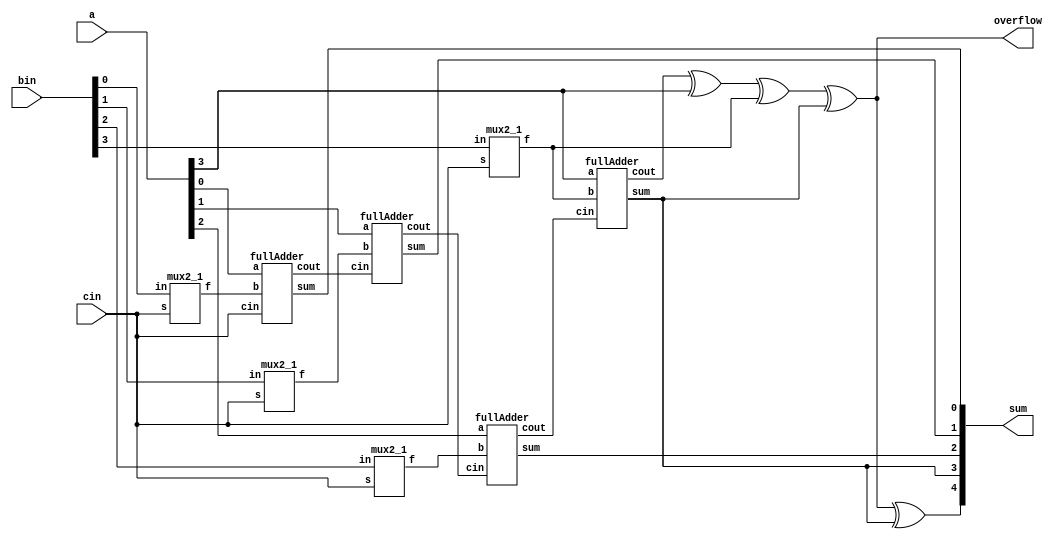
`timescale 1ns / 1ps
//////////////////////////////////////////////////////////////////////////////////
// Company: 
// Engineer: 
// 
// Design Name: 
// Module Name:    four_bit_rca 
// Project Name: 
// Target Devices: 
// Tool versions: 
// Description: 
//
// Dependencies: 
//
// Revision: 
// Revision 0.01 - File Created
// Additional Comments: 
//
//////////////////////////////////////////////////////////////////////////////////
module four_bit_rca(sum, overflow, a, bin, cin);

    output [4:0] sum;
    output overflow;
    input [3:0] a, bin;
	 input cin;
	 wire [3:0] bout, c;
	 mux2_1 mux0 (bout[0], bin[0], cin);	 
	 fullAdder m0 (sum[0], c[0], a[0], bout[0], cin);
 	 mux2_1 mux1 (bout[1], bin[1], cin);	
	 fullAdder m1 (sum[1], c[1], a[1], bout[1], c[0]);
	 mux2_1 mux2 (bout[2], bin[2], cin);	
	 fullAdder m2 (sum[2], c[2], a[2], bout[2], c[1]);
	 mux2_1 mux3 (bout[3], bin[3], cin);	
	 fullAdder m3 (sum[3], c[3], a[3], bout[3], c[2]);
	 
	assign overflow = c[3]^a[3]^bout[3]^sum[3];
	assign sum[4] = overflow^sum[3];

endmodule

module fullAdder(sum, cout, a, b, cin);

	input a, b, cin;
	output sum, cout;
	assign sum = a^b^cin;
	assign cout = ((a^b)&cin) | (a&b);
	
endmodule

module mux2_1(f,in,s);

	output f;
	input s;
	input in;
	assign f = s ? ~in:in;
	
endmodule